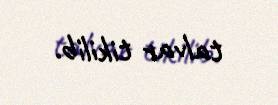
talvar tikilib.